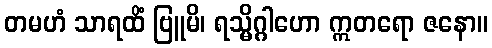
တမဟံ သာရထိံ ဗြူမိ၊ ရသ္မိဂ္ဂါဟော ဣတရော ဇနော။